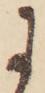
に